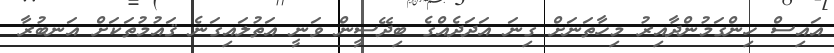
އައިސް ހިންގަމުންދާއިރު މިހާތަނަށް ގިނަ އަދަދެއްގެ ބިދޭސީން ވަނީ އަތުލައިގަނެ ޤައުމުތަކަށް އަނބުރާ